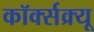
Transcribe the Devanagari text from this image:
कॉर्क्सक्र्यू